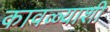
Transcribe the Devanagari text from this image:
कावळ्याशी